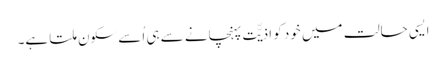
ایسی حالت میں خود کو اذیّّت پہنچانے سے ہی اُسے سکون ملتا ہے۔